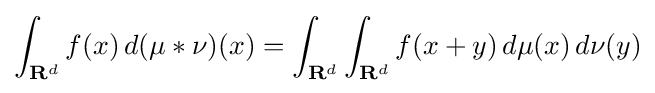
\int _{\mathbf {R} ^{d}}f(x)\,d(\mu *\nu )(x)=\int _{\mathbf {R} ^{d}}\int _{\mathbf {R} ^{d}}f(x+y)\,d\mu (x)\,d\nu (y)